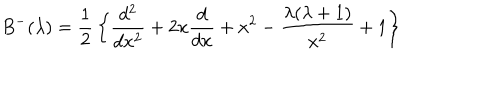
LaTeX: B ^ { - } ( \lambda ) = { \frac { 1 } { 2 } } \left\{ { \frac { d ^ { 2 } } { d x ^ { 2 } } } + 2 x { \frac { d } { d x } } + x ^ { 2 } - { \frac { \lambda ( \lambda + 1 ) } { x ^ { 2 } } } + 1 \right\}